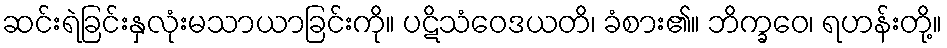
ဆင်းရဲခြင်းနှလုံးမသာယာခြင်းကို။ ပဋိသံဝေဒယတိ၊ ခံစား၏။ ဘိက္ခဝေ၊ ရဟန်းတို့။